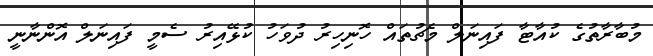
މުބާރާތުގެ ކުއާޓާ ފައިނަލް މެޗުތައް ހޮނިހިރު ދުވަހު ކުޅޭއިރު ސެމީ ފައިނަލް އޮންނާނީ